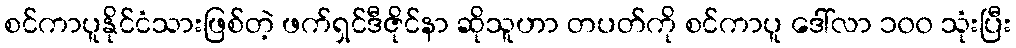
စင်ကာပူနိုင်ငံသားဖြစ်တဲ့ ဖက်ရှင်ဒီဇိုင်နာ ဆိုသူဟာ တပတ်ကို စင်ကာပူ ဒေါ်လာ ၁၀၀ သုံးပြီး